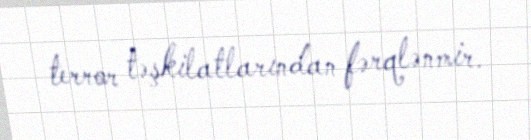
terror təşkilatlarından fərqlənmir.